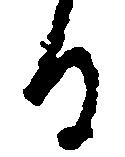
る